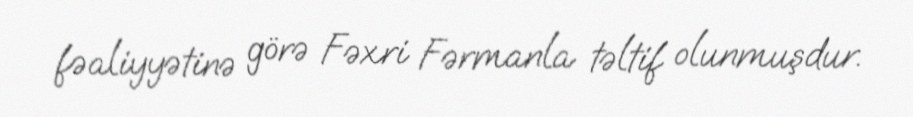
fəaliyyətinə görə Fəxri Fərmanla təltif olunmuşdur.